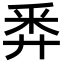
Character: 𢍏